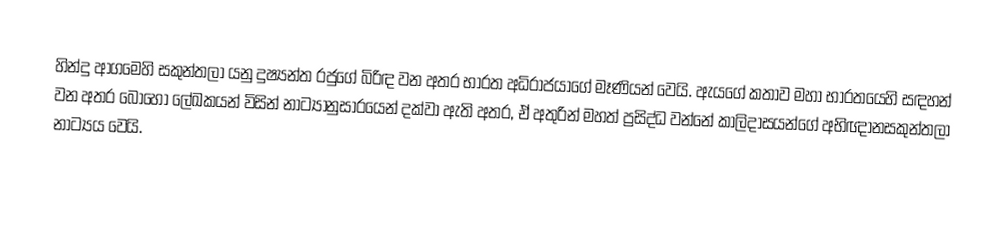
හින්දු ආගමෙහි සකුන්තලා යනු දුෂ්‍යන්ත රජුගේ බිරිඳ වන අතර භාරත අධිරාජයාගේ මෑණියන් වෙයි.  ඇයගේ කතාව මහා භාරතයෙහි සඳහන් වන අතර බොහෝ ලේඛකයන් විසින් නාට්‍යානුසාරයෙන් දක්වා ඇති අතර, ඒ අතුරින් මහත් ප්‍රසිද්ධ වන්නේ කාලිදාසයන්ගේ  අභිඥානසකුන්තලා නාට්‍යය වෙයි.